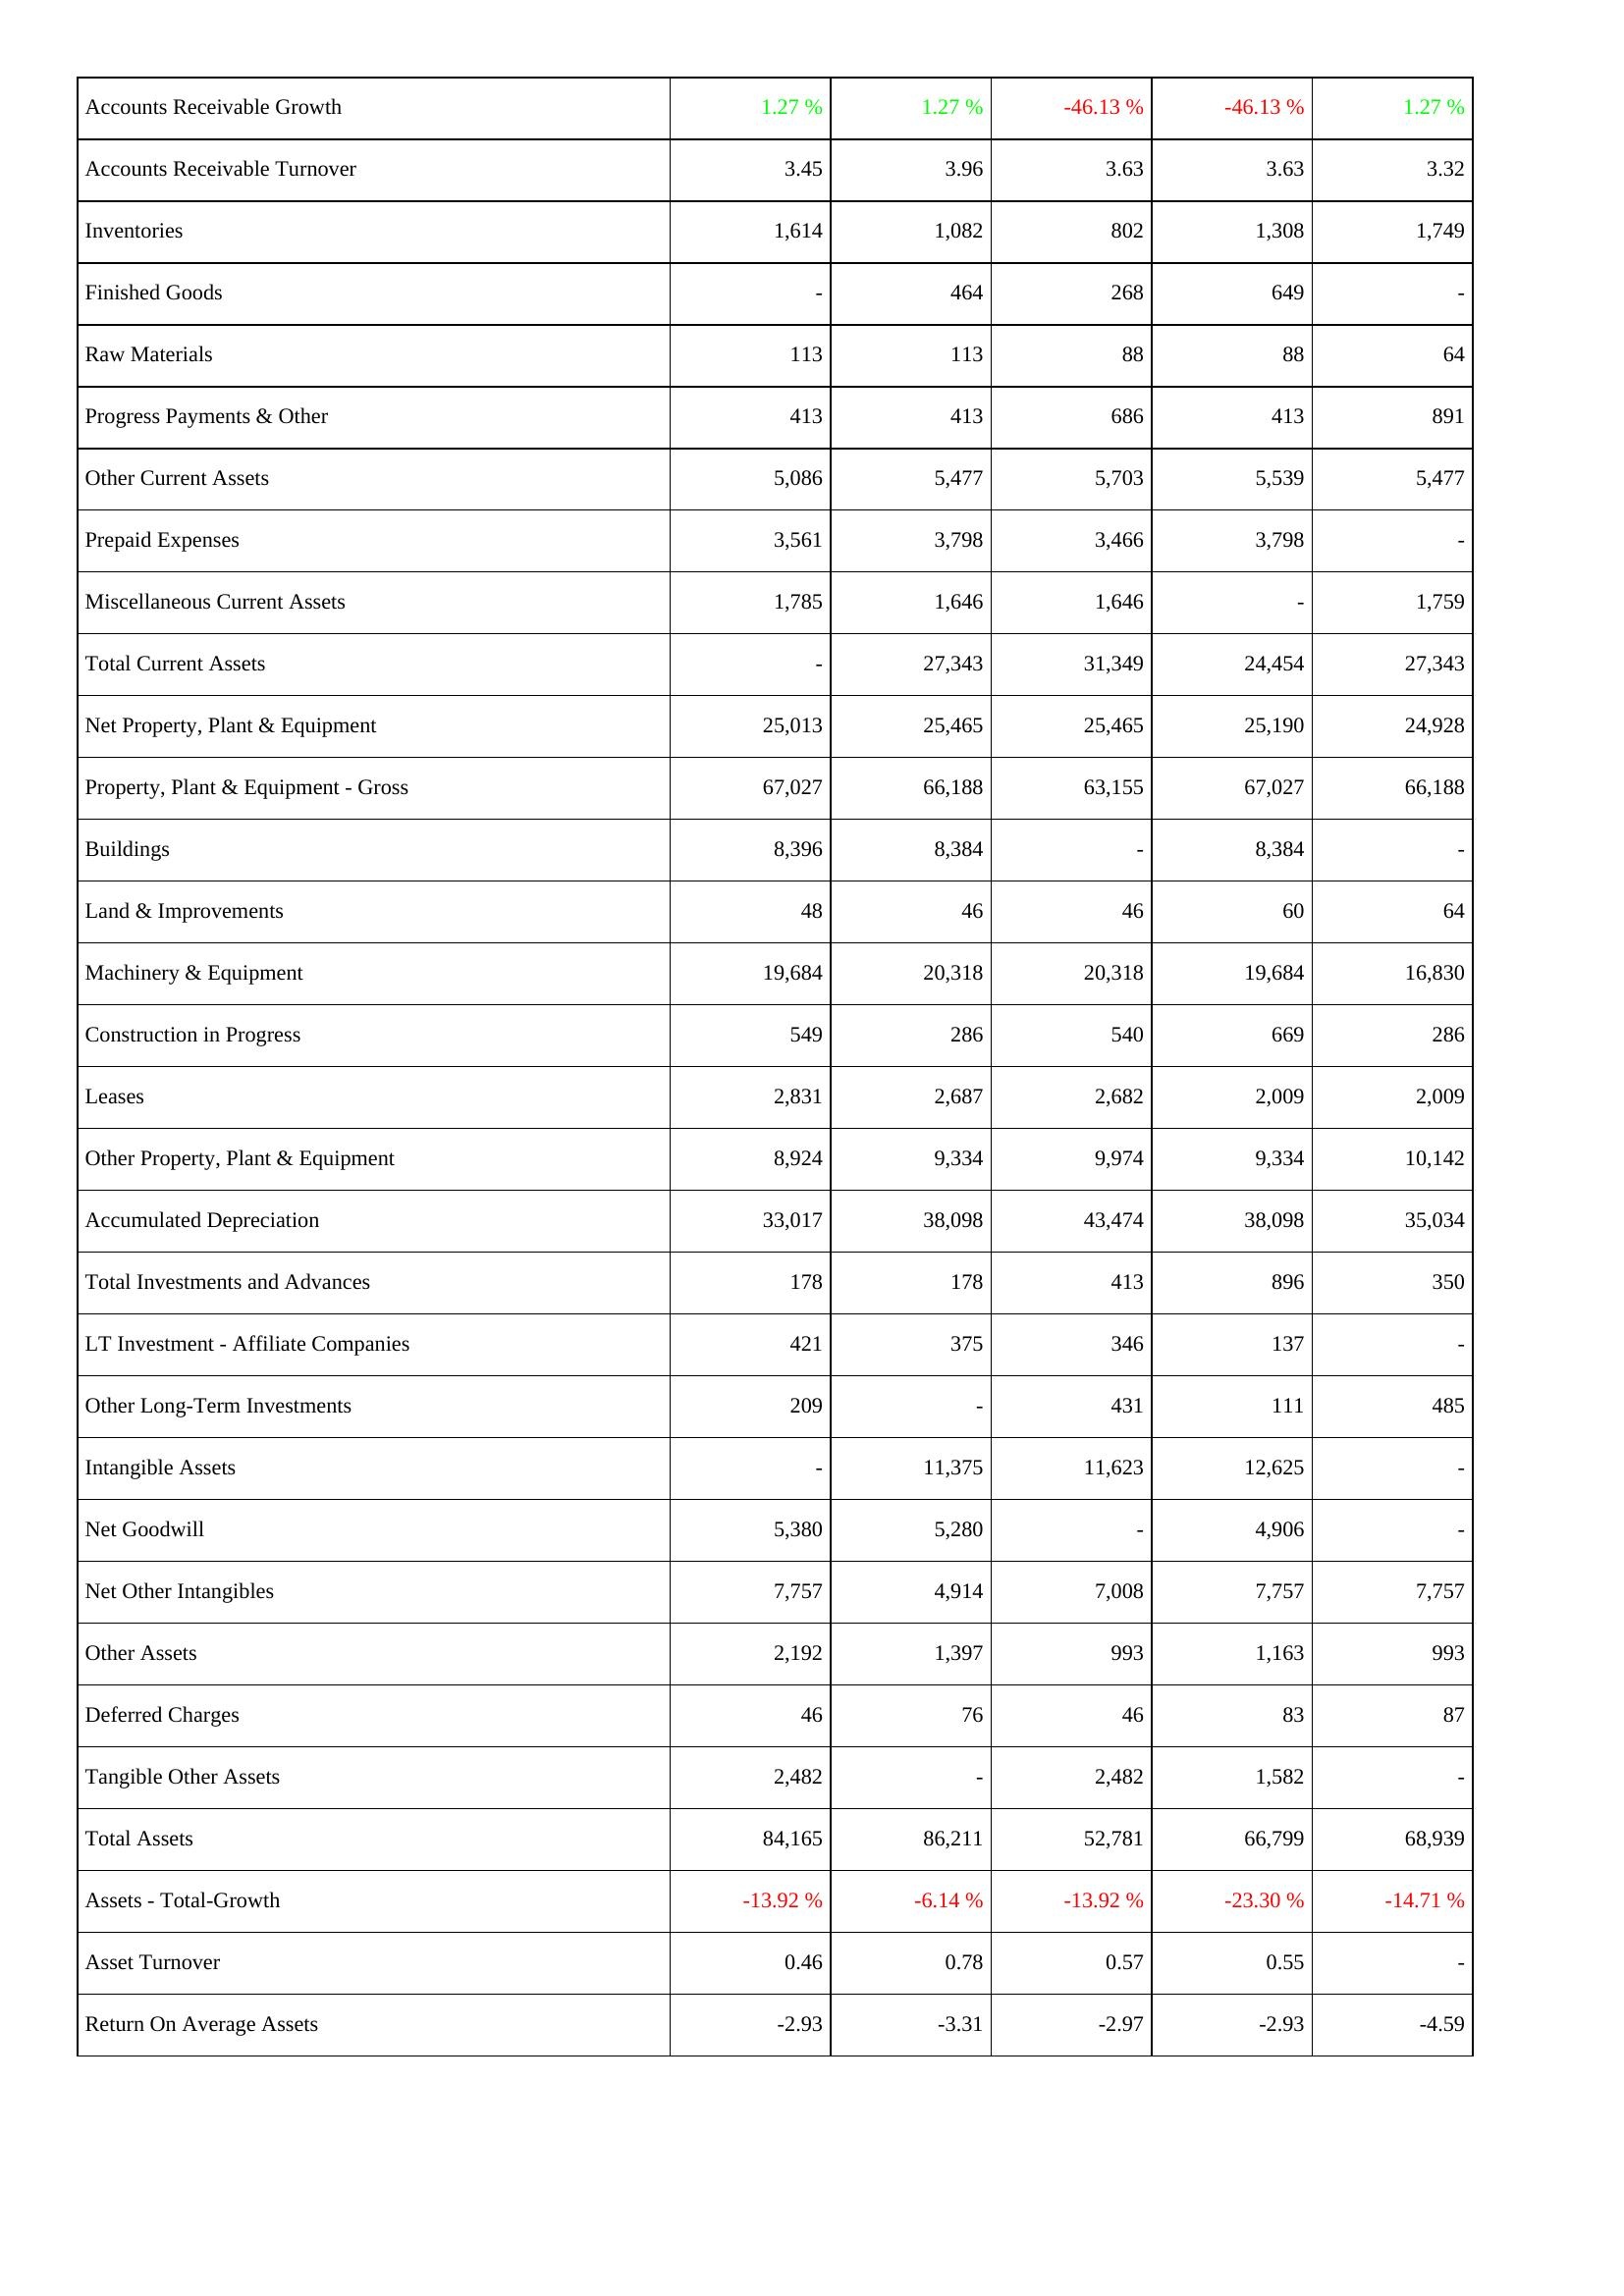
2019: Assets: Accounts Receivable Growth: 1.27 %
Accounts Receivable Turnover: 3.45
Inventories: 1,614
Finished Goods: -
Raw Materials: 113
Progress Payments & Other: 413
Other Current Assets: 5,086
Prepaid Expenses: 3,561
Miscellaneous Current Assets: 1,785
Total Current Assets: -
Net Property, Plant & Equipment: 25,013
Property, Plant & Equipment - Gross: 67,027
Buildings: 8,396
Land & Improvements: 48
Machinery & Equipment: 19,684
Construction in Progress: 549
Leases: 2,831
Other Property, Plant & Equipment: 8,924
Accumulated Depreciation: 33,017
Total Investments and Advances: 178
LT Investment - Affiliate Companies: 421
Other Long-Term Investments: 209
Intangible Assets: -
Net Goodwill: 5,380
Net Other Intangibles: 7,757
Other Assets: 2,192
Deferred Charges: 46
Tangible Other Assets: 2,482
Total Assets: 84,165
Assets - Total-Growth: -13.92 %
Asset Turnover: 0.46
Return On Average Assets: -2.93
2020: Assets: Accounts Receivable Growth: 1.27 %
Accounts Receivable Turnover: 3.96
Inventories: 1,082
Finished Goods: 464
Raw Materials: 113
Progress Payments & Other: 413
Other Current Assets: 5,477
Prepaid Expenses: 3,798
Miscellaneous Current Assets: 1,646
Total Current Assets: 27,343
Net Property, Plant & Equipment: 25,465
Property, Plant & Equipment - Gross: 66,188
Buildings: 8,384
Land & Improvements: 46
Machinery & Equipment: 20,318
Construction in Progress: 286
Leases: 2,687
Other Property, Plant & Equipment: 9,334
Accumulated Depreciation: 38,098
Total Investments and Advances: 178
LT Investment - Affiliate Companies: 375
Other Long-Term Investments: -
Intangible Assets: 11,375
Net Goodwill: 5,280
Net Other Intangibles: 4,914
Other Assets: 1,397
Deferred Charges: 76
Tangible Other Assets: -
Total Assets: 86,211
Assets - Total-Growth: -6.14 %
Asset Turnover: 0.78
Return On Average Assets: -3.31
2021: Assets: Accounts Receivable Growth: -46.13 %
Accounts Receivable Turnover: 3.63
Inventories: 802
Finished Goods: 268
Raw Materials: 88
Progress Payments & Other: 686
Other Current Assets: 5,703
Prepaid Expenses: 3,466
Miscellaneous Current Assets: 1,646
Total Current Assets: 31,349
Net Property, Plant & Equipment: 25,465
Property, Plant & Equipment - Gross: 63,155
Buildings: -
Land & Improvements: 46
Machinery & Equipment: 20,318
Construction in Progress: 540
Leases: 2,682
Other Property, Plant & Equipment: 9,974
Accumulated Depreciation: 43,474
Total Investments and Advances: 413
LT Investment - Affiliate Companies: 346
Other Long-Term Investments: 431
Intangible Assets: 11,623
Net Goodwill: -
Net Other Intangibles: 7,008
Other Assets: 993
Deferred Charges: 46
Tangible Other Assets: 2,482
Total Assets: 52,781
Assets - Total-Growth: -13.92 %
Asset Turnover: 0.57
Return On Average Assets: -2.97
2022: Assets: Accounts Receivable Growth: -46.13 %
Accounts Receivable Turnover: 3.63
Inventories: 1,308
Finished Goods: 649
Raw Materials: 88
Progress Payments & Other: 413
Other Current Assets: 5,539
Prepaid Expenses: 3,798
Miscellaneous Current Assets: -
Total Current Assets: 24,454
Net Property, Plant & Equipment: 25,190
Property, Plant & Equipment - Gross: 67,027
Buildings: 8,384
Land & Improvements: 60
Machinery & Equipment: 19,684
Construction in Progress: 669
Leases: 2,009
Other Property, Plant & Equipment: 9,334
Accumulated Depreciation: 38,098
Total Investments and Advances: 896
LT Investment - Affiliate Companies: 137
Other Long-Term Investments: 111
Intangible Assets: 12,625
Net Goodwill: 4,906
Net Other Intangibles: 7,757
Other Assets: 1,163
Deferred Charges: 83
Tangible Other Assets: 1,582
Total Assets: 66,799
Assets - Total-Growth: -23.30 %
Asset Turnover: 0.55
Return On Average Assets: -2.93
2023: Assets: Accounts Receivable Growth: 1.27 %
Accounts Receivable Turnover: 3.32
Inventories: 1,749
Finished Goods: -
Raw Materials: 64
Progress Payments & Other: 891
Other Current Assets: 5,477
Prepaid Expenses: -
Miscellaneous Current Assets: 1,759
Total Current Assets: 27,343
Net Property, Plant & Equipment: 24,928
Property, Plant & Equipment - Gross: 66,188
Buildings: -
Land & Improvements: 64
Machinery & Equipment: 16,830
Construction in Progress: 286
Leases: 2,009
Other Property, Plant & Equipment: 10,142
Accumulated Depreciation: 35,034
Total Investments and Advances: 350
LT Investment - Affiliate Companies: -
Other Long-Term Investments: 485
Intangible Assets: -
Net Goodwill: -
Net Other Intangibles: 7,757
Other Assets: 993
Deferred Charges: 87
Tangible Other Assets: -
Total Assets: 68,939
Assets - Total-Growth: -14.71 %
Asset Turnover: -
Return On Average Assets: -4.59